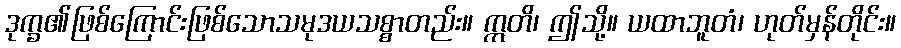
ဒုက္ခ၏ဖြစ်ကြောင်းဖြစ်သောသမုဒယသစ္စာတည်း။ ဣတိ၊ ဤသို့။ ယထာဘူတံ၊ ဟုတ်မှန်တိုင်း။